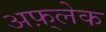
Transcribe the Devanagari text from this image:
अफ़्लेक